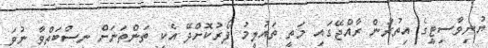
ޔުނިވާސިޓީގެ އިތުރުން ރާއްޖޭގައި މަތީ ތައުލީމު ފޯރުކޮށްދޭ އެކި ތަންތަނަށް ނިސްބަތްވާ ނުވަ